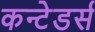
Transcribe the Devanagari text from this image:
कन्टेडर्स